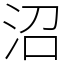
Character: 沼